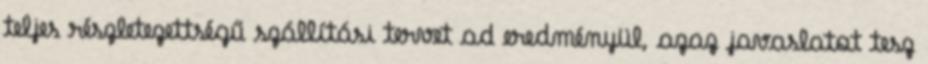
teljes részletezettségű szállítási tervet ad eredményül, azaz javaslatot tesz